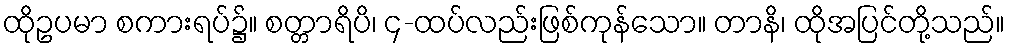
ထိုဥပမာ စကားရပ်၌။ စတ္တာရိပိ၊ ၄-ထပ်လည်းဖြစ်ကုန်သော။ တာနိ၊ ထိုအပြင်တို့သည်။